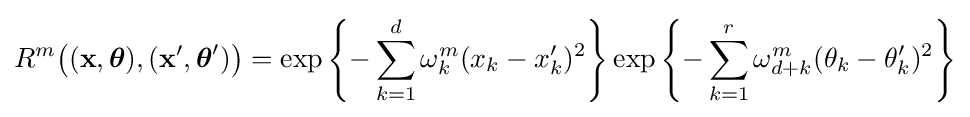
R^{m}{\big (}(\mathbf {x} ,{\boldsymbol {\theta }}),(\mathbf {x} ',{\boldsymbol {\theta }}'){\big )}=\exp \left\{-\sum _{k=1}^{d}\omega _{k}^{m}(x_{k}-x_{k}')^{2}\right\}\exp \left\{-\sum _{k=1}^{r}\omega _{d+k}^{m}(\theta _{k}-\theta _{k}')^{2}\right\}